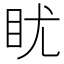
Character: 𪾡